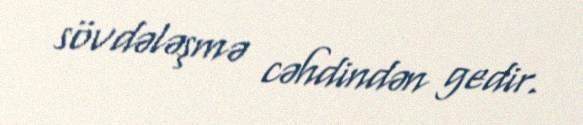
sövdələşmə cəhdindən gedir.